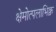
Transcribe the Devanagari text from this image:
क्षेमोत्पलाभिक्व